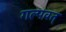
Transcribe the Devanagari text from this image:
गल्पवत्